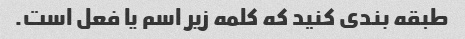
طبقه بندی کنید که کلمه زیر اسم یا فعل است.